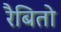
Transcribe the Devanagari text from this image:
रैबितो